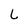
Character: L